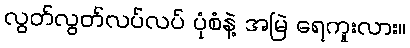
လွတ်လွတ်လပ်လပ် ပုံစံနဲ့ အမြဲ ရေကူးလား။